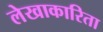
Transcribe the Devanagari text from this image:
लेखाकारिता